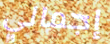
إجمالي